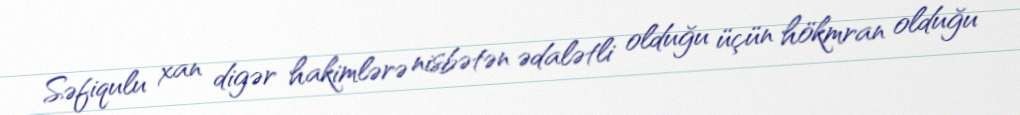
Səfiqulu xan digər hakimlərə nisbətən ədalətli olduğu üçün hökmran olduğu